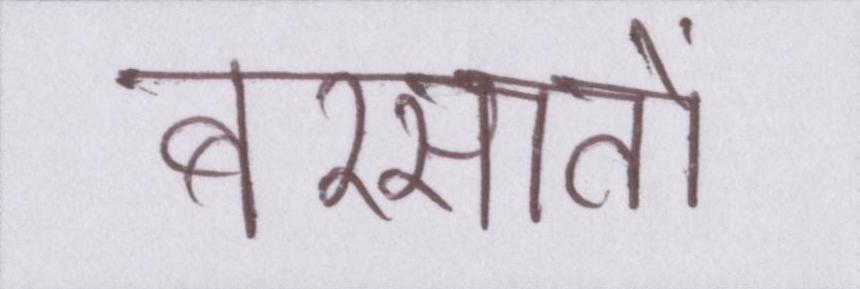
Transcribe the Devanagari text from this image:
बरसातों